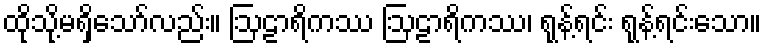
ထိုသို့မရှိသော်လည်း။ ဩဠာရိကဿ ဩဠာရိကဿ၊ ရုန့်ရင်း ရုန့်ရင်းသော။